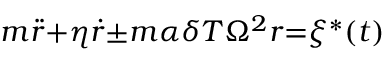
m { \ddot { r } } { + } { \eta } { \dot { r } } { \pm } m { \alpha } { \delta } T { \Omega } ^ { 2 } r { = } { \xi } ^ { \ast } ( t )